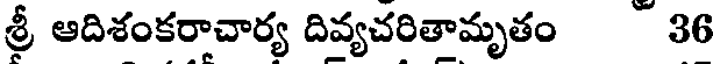
శ్రీ ఆదిశంకరాచార్య దివ్యచరితామృతం 36